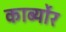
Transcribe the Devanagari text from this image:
कार्ब्योर